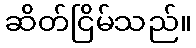
ဆိတ်ငြိမ်သည်။